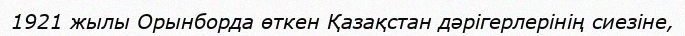
1921 жылы Орынборда өткен Қазақстан дәрігерлерінің сиезіне,